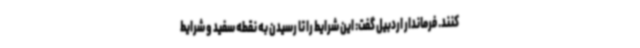
کنند. فرماندار اردبیل گفت: این شرایط را تا رسیدن به نقطه سفید و شرایط